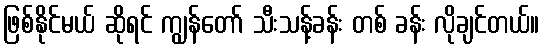
ဖြစ်နိုင်မယ် ဆိုရင် ကျွန်တော် သီးသန့်ခန်း တစ် ခန်း လိုချင်တယ်။